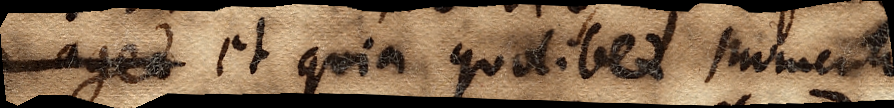
aget et quia quolibet momento